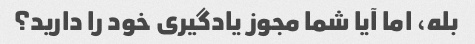
بله، اما آیا شما مجوز یادگیری خود را دارید؟